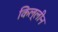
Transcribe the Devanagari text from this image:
किल्लीन